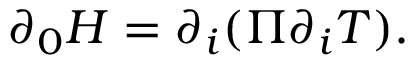
\partial _ { 0 } { \cal H } = \partial _ { i } ( \Pi \partial _ { i } T ) .